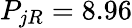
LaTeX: P_{jR}=8.96